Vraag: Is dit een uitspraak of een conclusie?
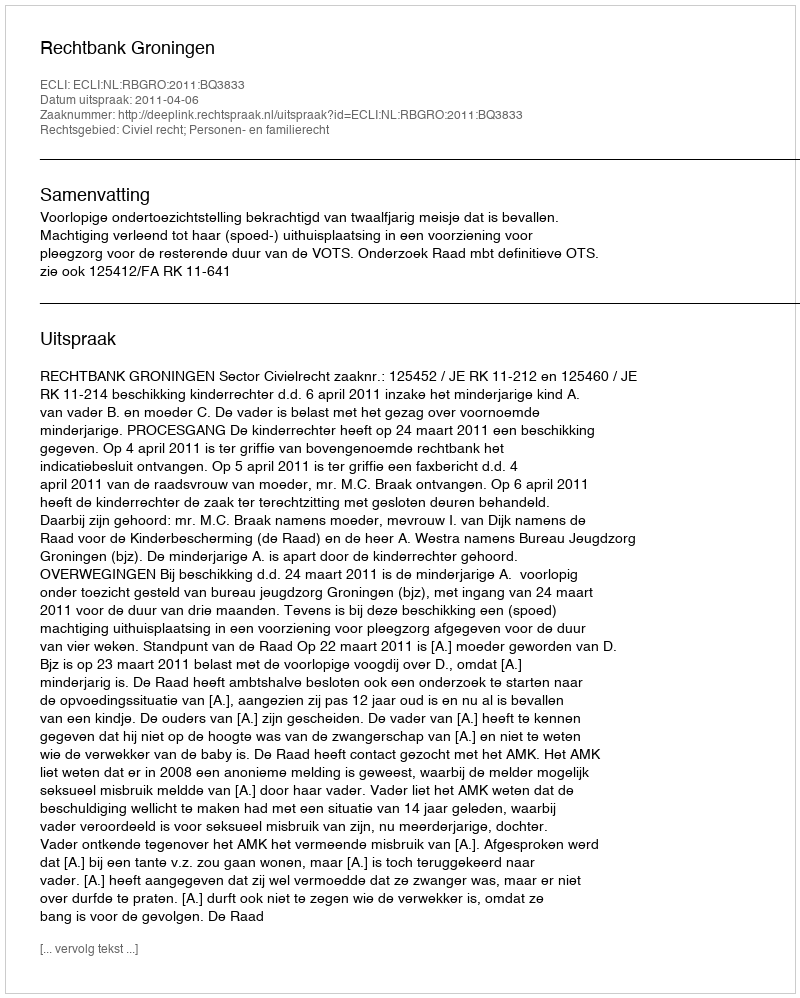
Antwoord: Uitspraak